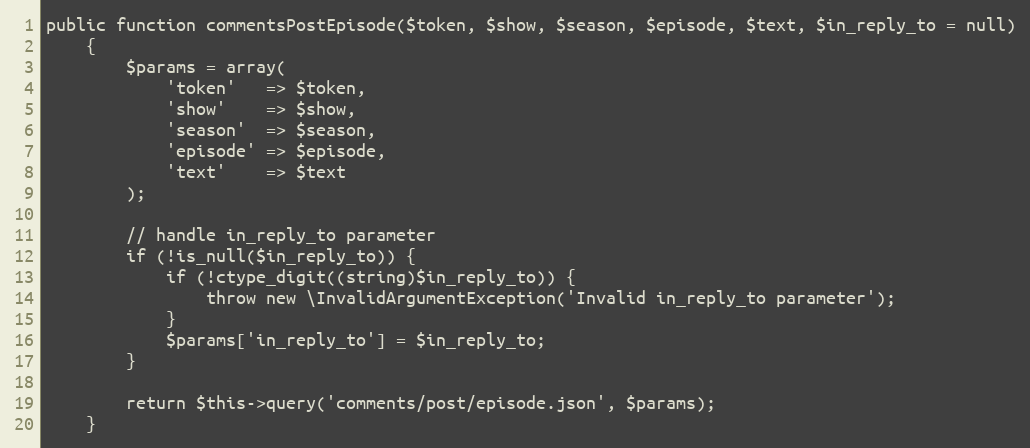
Language: PHP
public function commentsPostEpisode($token, $show, $season, $episode, $text, $in_reply_to = null)
    {
        $params = array(
            'token'   => $token,
            'show'    => $show,
            'season'  => $season,
            'episode' => $episode,
            'text'    => $text
        );

        // handle in_reply_to parameter
        if (!is_null($in_reply_to)) {
            if (!ctype_digit((string)$in_reply_to)) {
                throw new \InvalidArgumentException('Invalid in_reply_to parameter');
            }
            $params['in_reply_to'] = $in_reply_to;
        }

        return $this->query('comments/post/episode.json', $params);
    }